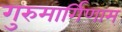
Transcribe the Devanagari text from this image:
गुरुमार्गिणाम्